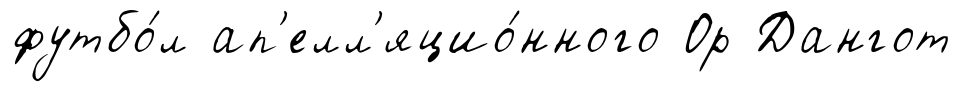
футбо́л ап'елл'яцио́нного Ор Дангот